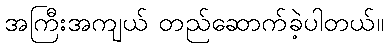
အကြီးအကျယ် တည်ဆောက်ခဲ့ပါတယ်။